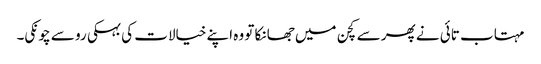
مہتاب تائی نے پھر سے کچن میں جھانکا تو وہ اپنے خیالات کی بہکی رو سے چونکی۔